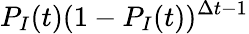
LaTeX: P_{I}(t)(1-P_{I}(t))^{\Delta t-1}